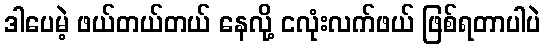
ဒါပေမဲ့ ဖယ်တယ်တယ် နေလို့ ငလုံးလက်ဖယ် ဖြစ်ရတာပါပဲ